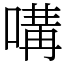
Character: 㗕